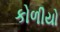
કોળીયો